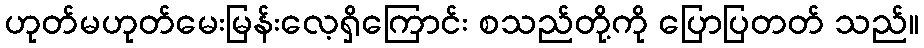
ဟုတ်မဟုတ်မေးမြန်းလေ့ရှိကြောင်း စသည်တို့ကို ပြောပြတတ် သည်။